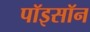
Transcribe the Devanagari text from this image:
पॉइसॉन